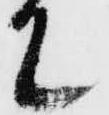
て